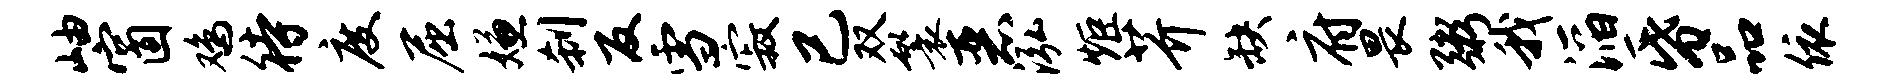
岫窗鸡待度屈嫌刹反雪寂已双鬟恶泓炬芥缺府畏粥我滔昏品依